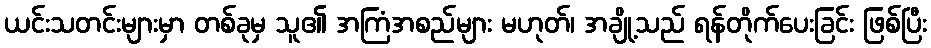
ယင်းသတင်းများမှာ တစ်ခုမှ သူ၏ အကြံအစည်များ မဟုတ်၊ အချို့သည် ရန်တိုက်ပေးခြင်း ဖြစ်ပြီး